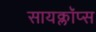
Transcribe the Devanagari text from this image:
सायक्लॉप्स